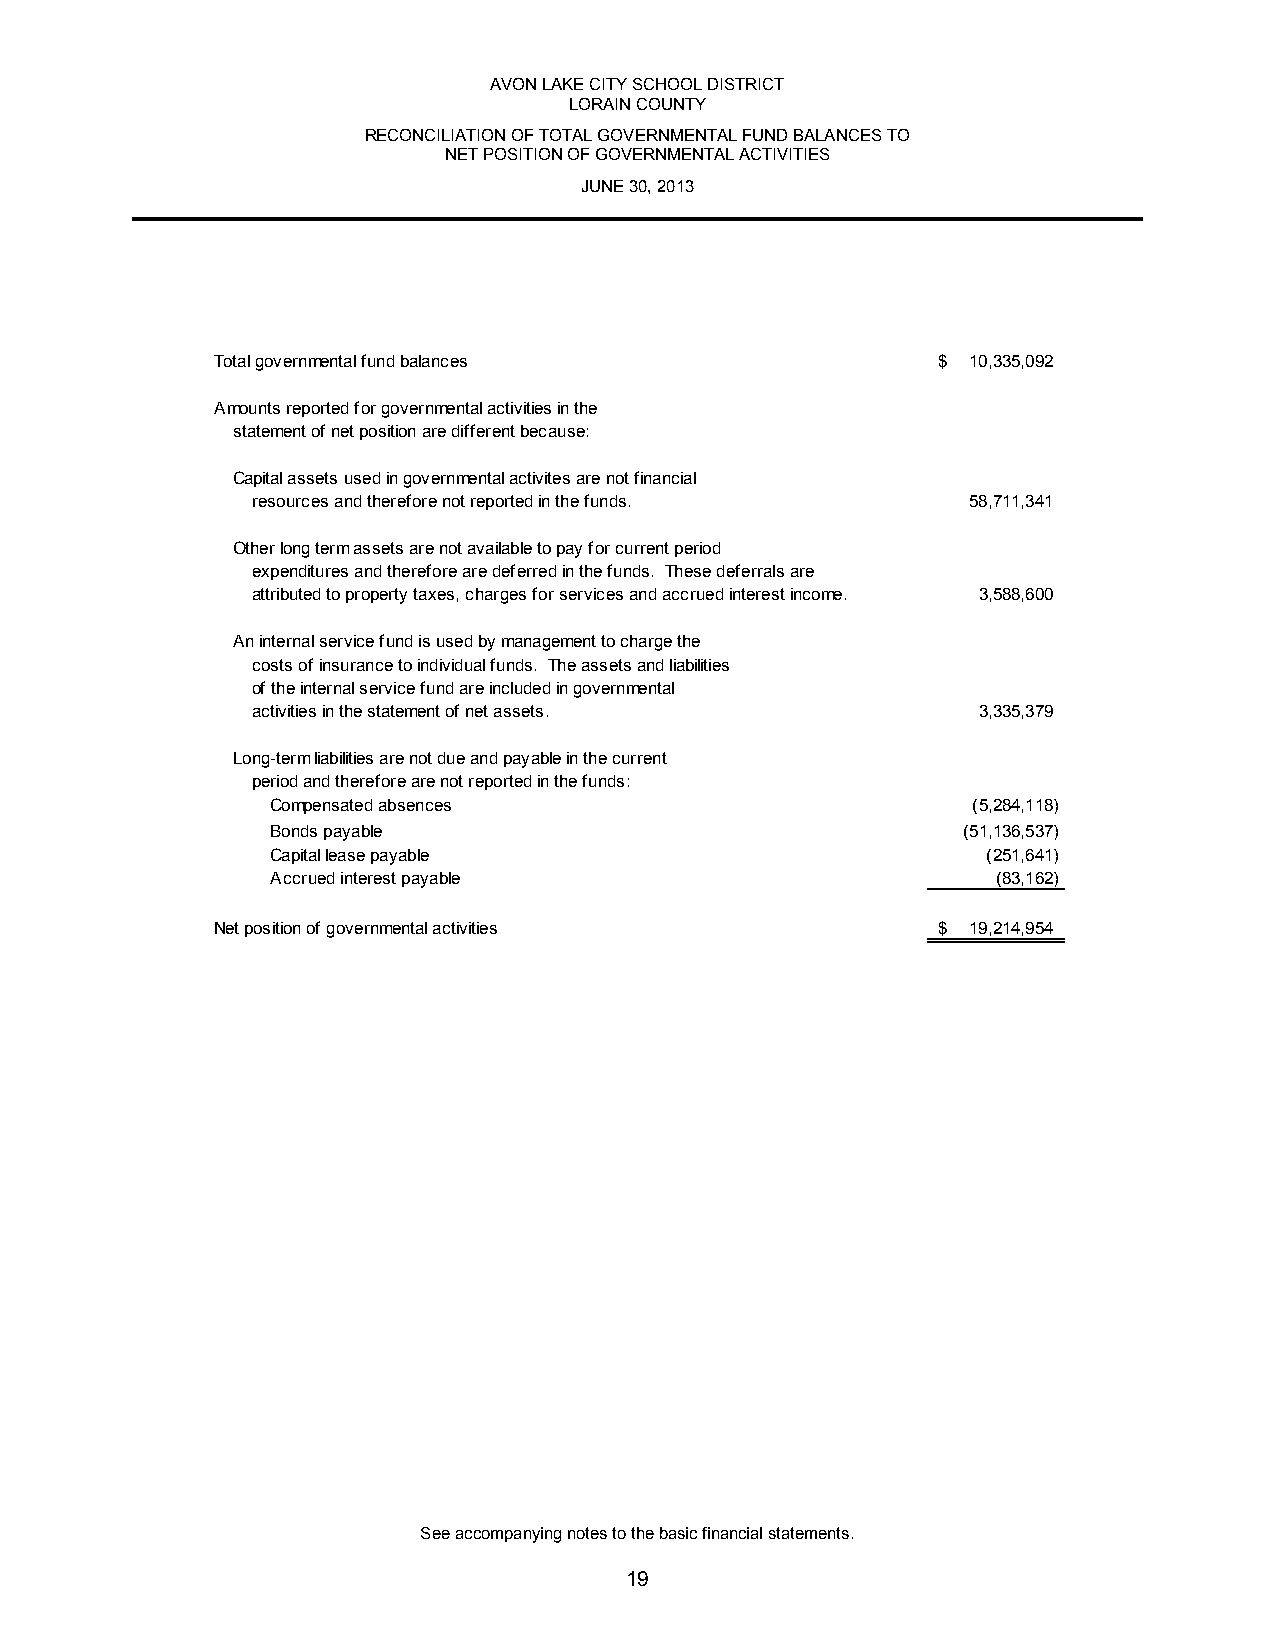
AVON LAKE CITY SCHOOL DISTRICT
 LORAIN COUNTY
 RECONCILIATION OF TOTAL GOVERNMENTAL FUND BALANCES TO
 NET POSITION OF GOVERNMENTAL ACTIVITIES
 JUNE 30, 2013
 Total governmental fund balances                $ 10,335,092
 Amounts reported for governmental activities in the
 statement of net position are different because:
 Capital assets used in governmental activites are not financial
 resources and therefore not reported in the funds. 58,711,341
 Other long term assets are not available to pay for current period
 expenditures and therefore are deferred in the funds. These deferrals are
 attributed to property taxes, charges for services and accrued interest income. 3,588,600
 An internal service fund is used by management to charge the
 costs of insurance to individual funds. The assets and liabilities
 of the internal service fund are included in governmental
 activities in the statement of net assets.      3,335,379
 Long-term liabilities are not due and payable in the current
 period and therefore are not reported in the funds:
 Compensated absences                          (5,284,118)
 Bonds payable                                 (51,136,537)
 Capital lease payable                          (251,641)
 Accrued interest payable                        (83,162)
 Net position of governmental activities         $ 19,214,954
 See accompanying notes to the basic financial statements.
 19